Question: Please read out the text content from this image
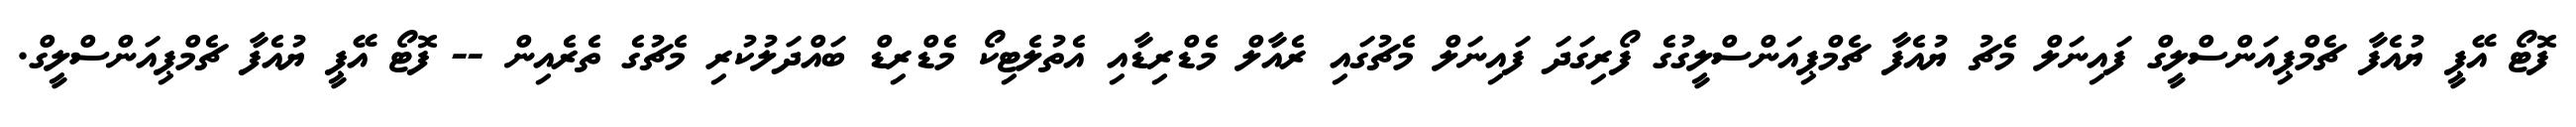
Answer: ފޮޓޯ އޭޕީ ޔުއެފާ ޗެމްޕިއަންސްލީގް ފައިނަލް މެޗު ޔުއެފާ ޗެމްޕިއަންސްލީގުގެ ފޯރިގަދަ ފައިނަލް މެޗުގައި ރެއާލް މެޑްރިޑާއި އެތުލެޓިކޯ މެޑްރިޑް ބައްދަލުކުރި މެޗުގެ ތެރެއިން -- ފޮޓޯ އޭޕީ ޔުއެފާ ޗެމްޕިއަންސްލީގް.